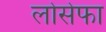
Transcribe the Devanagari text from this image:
लोसेफा